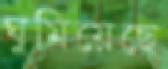
ঘুমিয়েছে